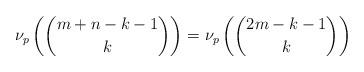
LaTeX: \begin{align*}\nu_p \left( \binom{m+n-k-1}{k} \right)=\nu_p \left( \binom{2m-k-1}{k} \right)\end{align*}